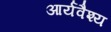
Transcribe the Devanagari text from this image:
आर्यवैश्‍य